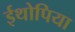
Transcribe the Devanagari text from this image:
ईथोपिया